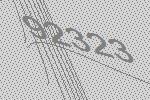
92323